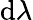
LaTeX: \mathrm{d}\lambda